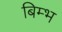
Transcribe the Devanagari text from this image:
बिम्भ